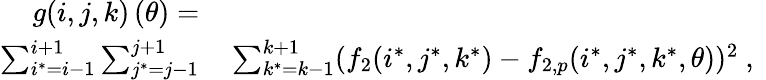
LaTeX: \begin{array}{rl}{g(i,j,k)\left(\theta\right)=}&{{}}\\ {\sum_{i^{*}=i-1}^{i+1}\sum_{j^{*}=j-1}^{j+1}}&{{}\sum_{k^{*}=k-1}^{k+1}(f_{2}(i^{*},j^{*},k^{*})-f_{2,p}(i^{*},j^{*},k^{*},\theta))^{2}\mathrm{~,~}}\end{array}